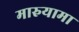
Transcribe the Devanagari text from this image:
मारुयामा